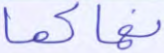
نهاكما